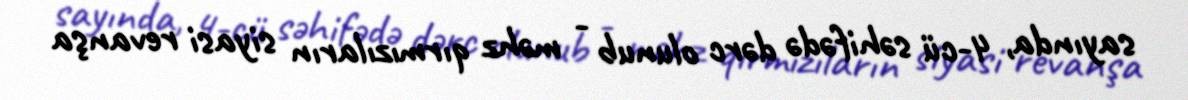
sayında, 4-cü səhifədə dərc olunub - məhz qırmızıların siyasi revanşa